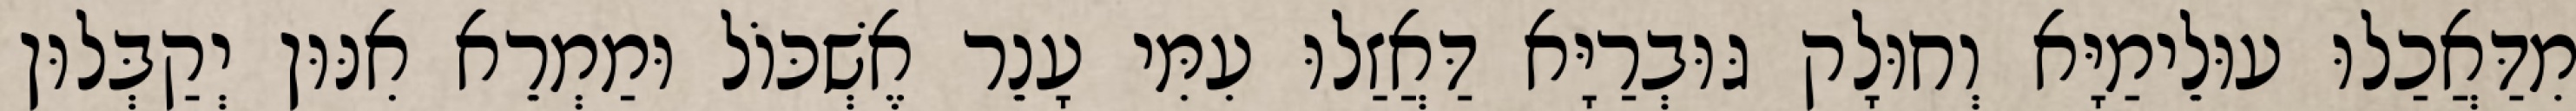
מִדַּאֲכַלוּ עוּלֵימַיָּא וְחוּלָק גּוּבְרַיָּא דַּאֲזַלוּ עִמִּי עָנֵר אֶשְׁכּוֹל וּמַמְרֵא אִנּוּן יְקַבְּלוּן